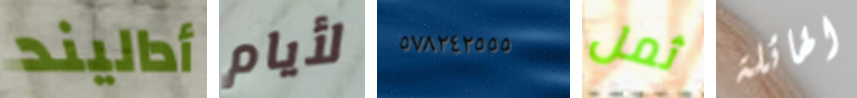
أداليند لأيام ٥٧٨٢٤٢٥٥٥ ثمل الهائلة